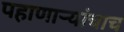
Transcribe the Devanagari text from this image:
पहाणाऱ्यांचाच